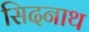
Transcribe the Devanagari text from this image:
सिदनाथ